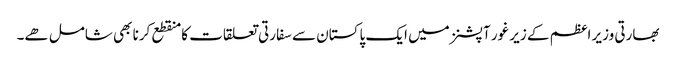
بھارتی وزیر اعظم کے زیر غور آپشنز میں ایک پاکستان سے سفارتی تعلقات کا منقطع کرنا بھی شامل ھے۔